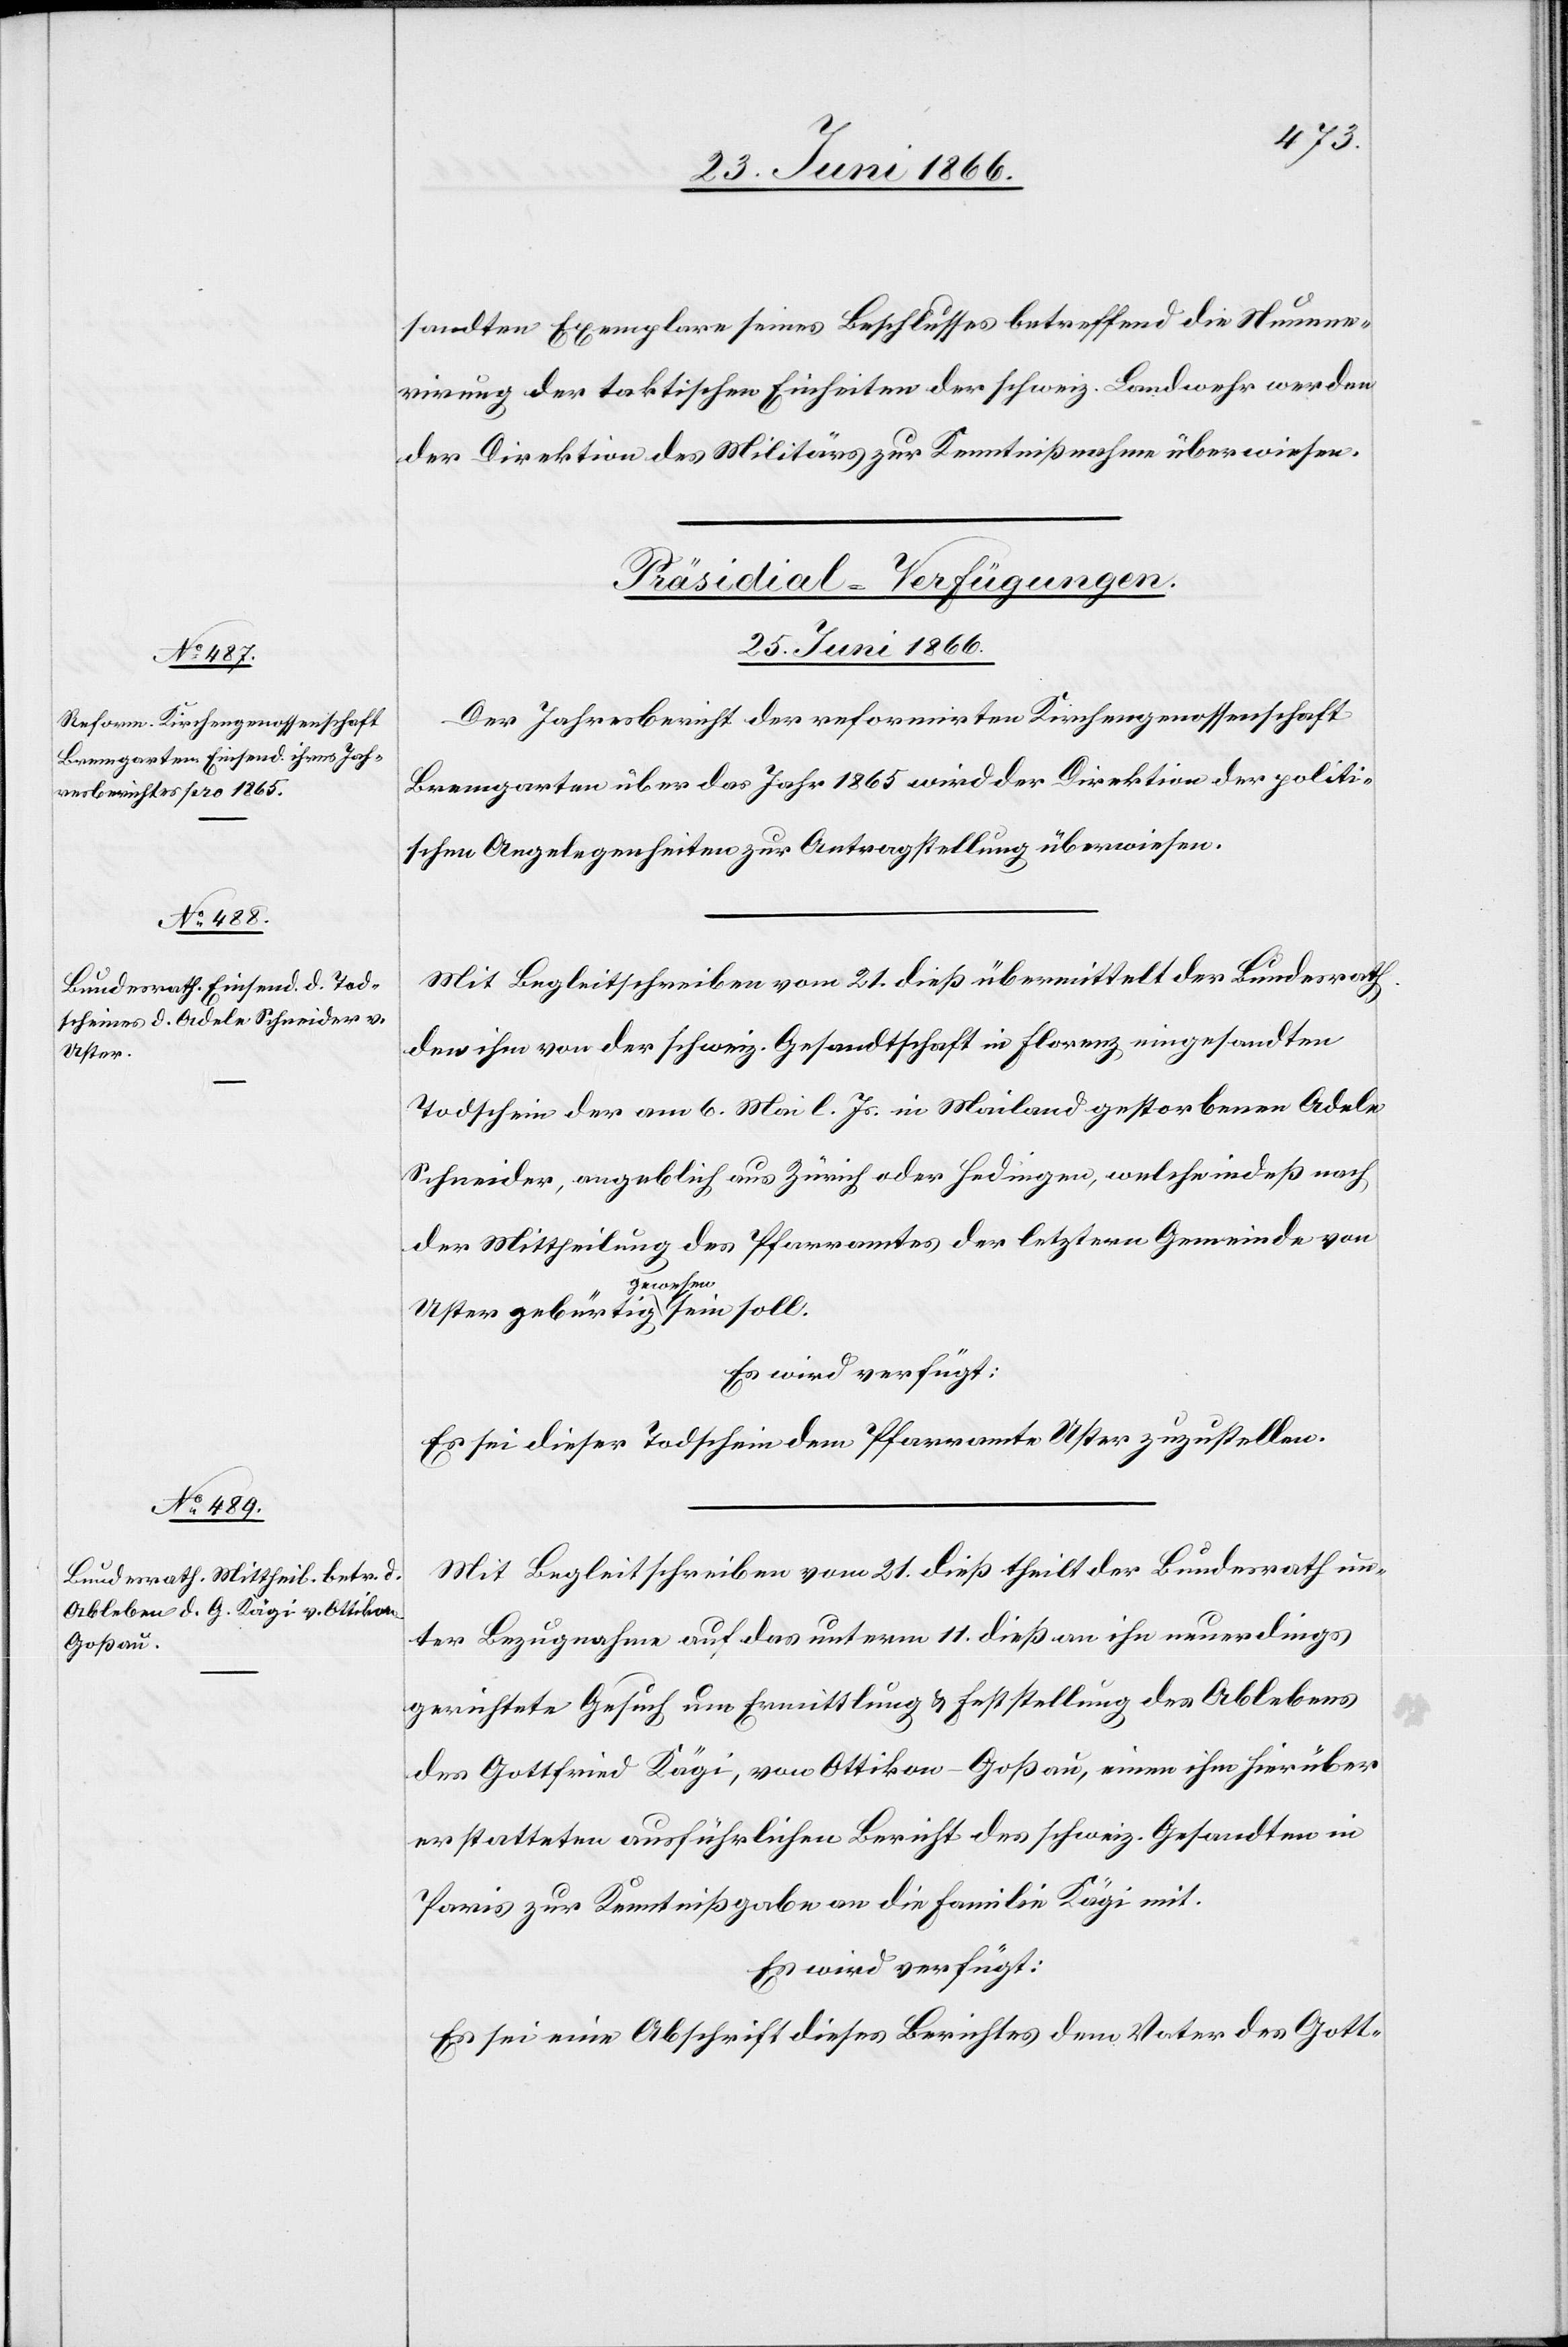
Uster

sandten Exemplare seines Beschlusses betreffend die Numme¬
rirung der taktischen Einheiten der schweiz. Landwehr werden
der Direktion des Militärs zur Kenntnißnahme überwiesen.
[Präsidial-Verfügungen.
25. Juni 1866.]
Der Jahresbericht der reformirten Kirchengenossenschaft
Bremgarten über das Jahr 1865 wird der Direktion der politi¬
schen Angelegenheiten zur Antragstellung überwiesen.
Mit Begleitschreiben vom 21. dieß übermittelt der Bundesrath
den ihm von der schweiz. Gesandtschaft in Florenz eingesandte
Todschein der am 6. Mai l. Js. in Mailand gestorbenen Adele
Schneider, angeblich aus Zürich oder Hedingen, welche indeß nach
der Mittheilung des Pfarramtes der letztern Gemeinde von
sein
Es wird verfügt:
Es sei dieser Todschein dem Pfarramte Uster zuzustellen.
Mit Begleitschreiben vom 21. dieß theilt der Bundesrath un¬
ter Bezugnahme auf das unterm 11. dieß an ihn neuerdings
gerichtete Gesuch um Ermittlung u. Feststellung des Ablebens
des Gottfried Kägi, von Ottikon - Goßau, einen ihm hierüber
erstatteten ausführlichen Bericht des schweiz. Gesandten in
Paris zur Kenntnißgabe an die Familie Kägi.
Es wird verfügt:
Es sei eine Abschrift dieses Berichtes dem Vater des Gott-